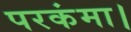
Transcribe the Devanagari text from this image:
परकंमा।